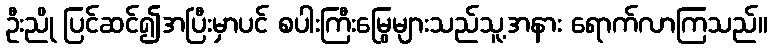
ဦးညို ပြင်ဆင်၍အပြီးမှာပင် စပါးကြီးမြွေများသည်သူ့အနား ရောက်လာကြသည်။